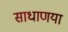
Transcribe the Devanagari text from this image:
साधाणया